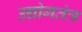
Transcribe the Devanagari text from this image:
उद्योगतंत्र